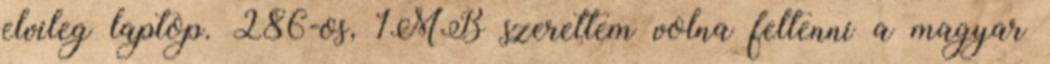
elvileg laptop. 286-os, 1MB szerettem volna feltenni a magyar